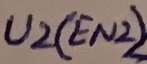
Text: U2(EN2)